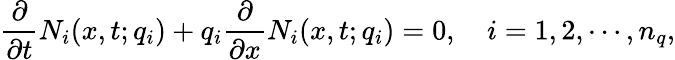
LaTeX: \frac{\partial}{\partial{t}}N_{i}(x,t;q_{i})+q_{i}\frac{\partial}{\partial{x}}N_{i}(x,t;q_{i})=0,\quad i=1,2,\cdots,n_{q},